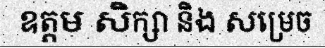
ឧត្តម សិក្សា និង សម្រេច